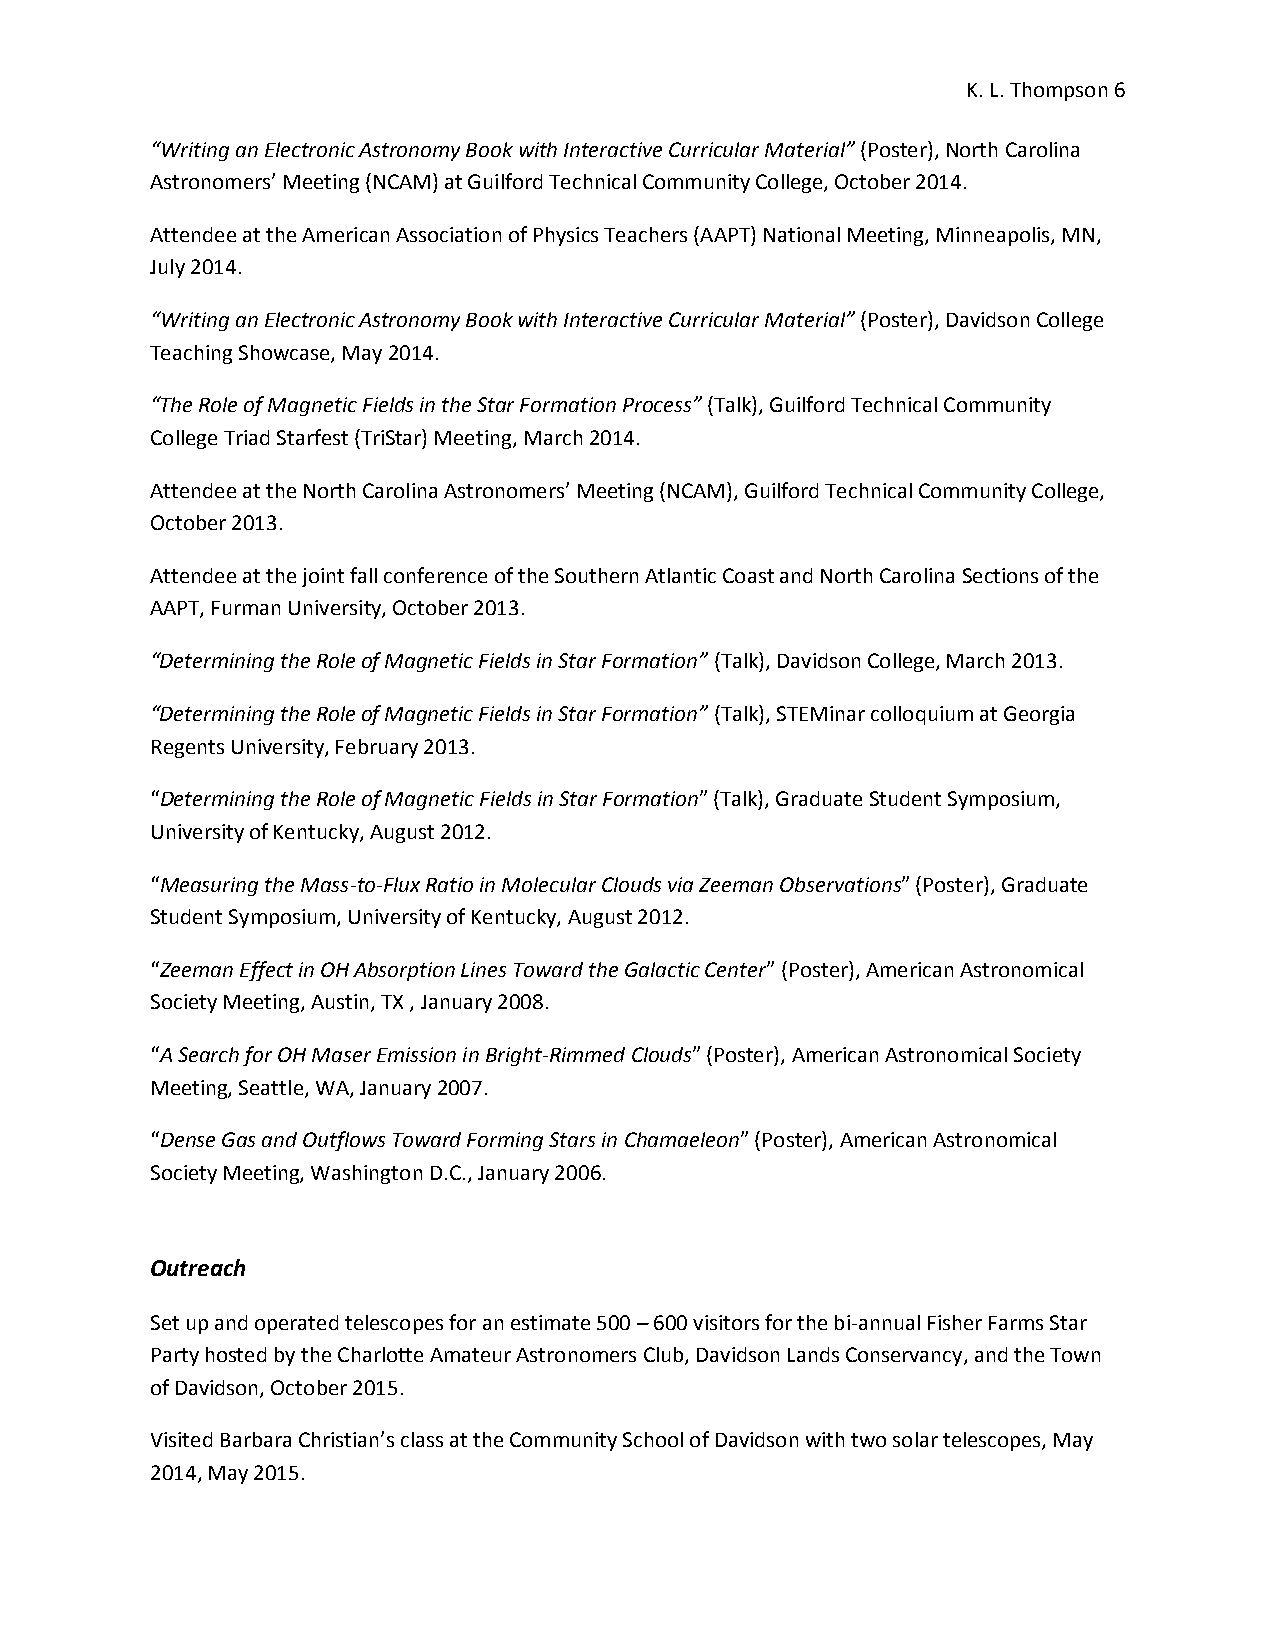
K. L. Thompson 6
 “Writing an Electronic Astronomy Book with Interactive Curricular Material” (Poster), North Carolina
 Astronomers’ Meeting (NCAM) at Guilford Technical Community College, October 2014.
 Attendee at the American Association of Physics Teachers (AAPT) National Meeting, Minneapolis, MN,
 July 2014.
 “Writing an Electronic Astronomy Book with Interactive Curricular Material” (Poster), Davidson College
 Teaching Showcase, May 2014.
 “The Role of Magnetic Fields in the Star Formation Process” (Talk), Guilford Technical Community
 College Triad Starfest (TriStar) Meeting, March 2014.
 Attendee at the North Carolina Astronomers’ Meeting (NCAM), Guilford Technical Community College,
 October 2013.
 Attendee at the joint fall conference of the Southern Atlantic Coast and North Carolina Sections of the
 AAPT, Furman University, October 2013.
 “Determining the Role of Magnetic Fields in Star Formation” (Talk), Davidson College, March 2013.
 “Determining the Role of Magnetic Fields in Star Formation” (Talk), STEMinar colloquium at Georgia
 Regents University, February 2013.
 “Determining the Role of Magnetic Fields in Star Formation” (Talk), Graduate Student Symposium,
 University of Kentucky, August 2012.
 “Measuring the Mass-to-Flux Ratio in Molecular Clouds via Zeeman Observations” (Poster), Graduate
 Student Symposium, University of Kentucky, August 2012.
 “Zeeman Effect in OH Absorption Lines Toward the Galactic Center” (Poster), American Astronomical
 Society Meeting, Austin, TX , January 2008.
 “A Search for OH Maser Emission in Bright-Rimmed Clouds” (Poster), American Astronomical Society
 Meeting, Seattle, WA, January 2007.
 “Dense Gas and Outflows Toward Forming Stars in Chamaeleon” (Poster), American Astronomical
 Society Meeting, Washington D.C., January 2006.
 Outreach
 Set up and operated telescopes for an estimate 500 – 600 visitors for the bi-annual Fisher Farms Star
 Party hosted by the Charlotte Amateur Astronomers Club, Davidson Lands Conservancy, and the Town
 of Davidson, October 2015.
 Visited Barbara Christian’s class at the Community School of Davidson with two solar telescopes, May
 2014, May 2015.